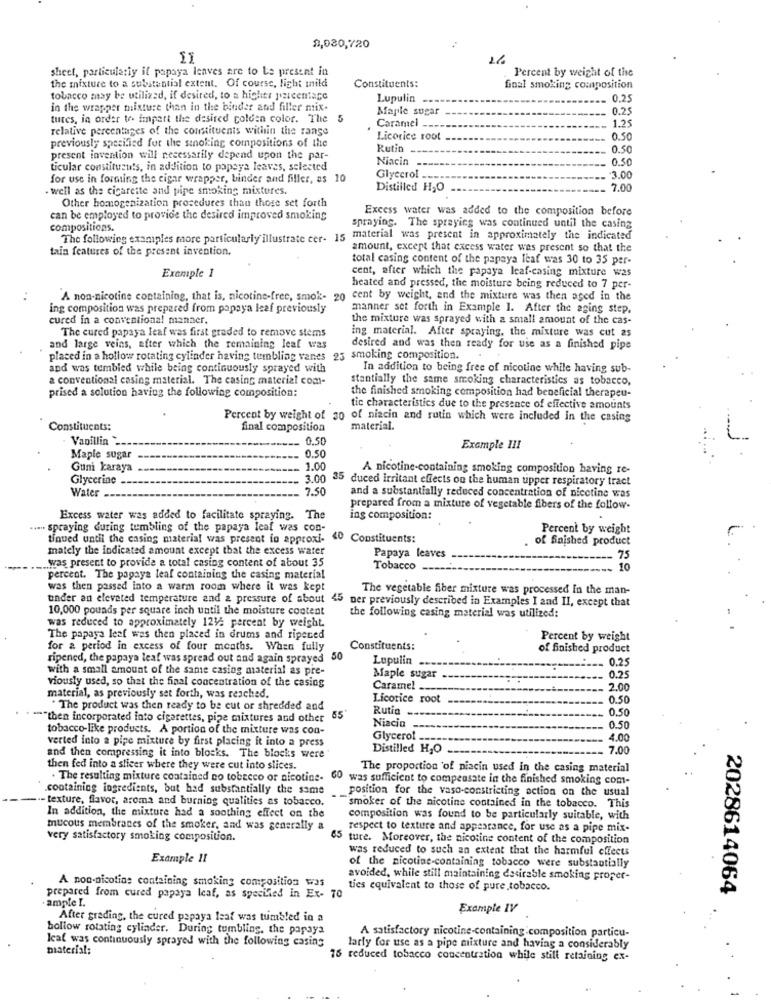
2,930,720
11
16
sheet, particularly if papaya leaves are to be present in
Percent by weight of the
the mixture to a substantial extent. Of course, light inild
Constituents:
final smoking composition
tobacco may be utilized, if desired, to a higher percentage
Lupulin
0.25
in the wrapper mixture than in the binder and filler mix-
Maple sugar
0.25
tures, in order to impart the desired golden color. The 5
Caramel
1.25
relative percentages of the constituents within the range
Licorice root
0.50
previously specified for the sinoking compositions of the
Rutin -
0.50
present invention will necessarily depend upon the par-
Niacin --
0.50
ticular constituants, in addition to popeya leaves, selected
for use in forming the cigar wrapper, binder and filler, as 10
Glycerol
3.00
- well as the cigarette and pipe smoking mixtures.
Distilled H2O
7.00
Other homogenization procedures than those set forth
Excess water was added to the composition before
can be employed to provide the desired improved smoking
compositions.
spraying. The spraying was continued until the casing
The following examples more particularly illustrate cer- 15 material was present in approximately the indicated
tain features of the present invention.
amount, except that excess water was present so that the
total casing content of the papaya leaf was 30 to 35 per-
cent, after which the papaya leaf-casing mixture was
Example 1
heated and pressed, the moisture being reduced to 7 per-
A non-nicotine containing, that is, nicotine-free, smok- 20 cent by weight, and the mixture was then aged in the
ing composition was prepared from papaya leaf previously
manner set forth in Example I. After the aging step,
cured in a conventional manner.
the mixture was sprayed with a small amount of the cas-
The cured papaya leaf was first graded to remove stems
ing material. After spraying, the mixture was cut 2s
and large veins, after which the remaining leaf was
desired and was then ready for use as a finished pipe
placed in a hollow rotating cylinder having tumbling vanes 23 smoking composition.
and was tumbled while being continuously sprayed with
In addition to being free of nicotine while having sub-
a conventional casing material. The casing material com-
stantially the same smoking characteristics as tobacco,
prised a solution having the following composition:
the finished smoking composition had beneficial therapeu-
tic characteristics due to the presence of effective amounts
Percent by weight of 30 of niacin and rutin which were included in the casing
Constituents:
final composition
material.
Vanillin ..
0.50
0.50
Example III
Maple sugar
Guni karaya
1.00
A nicotine-containing smoking composition having re-
Glycerine -
3.00 35 duced irritant effects on the human upper respiratory tract
Water ..
7.50
and a substantially reduced concentration of nicotine was
prepared from a mixture of vegetable fibers of the follow-
Excess water was added to facilitate spraying. The
ing composition:
..... spraying during tumbling of the papaya leaf was con-
Percent by weight
tinued until the casing material was present in approxi-
40 Constituents:
of finished product
mately the indicated amount except that the excess water
was present to provide a total casing content of about 35
Papaya leaves
75
Tobacco
10
percent. The papaya leaf containing the casing material
was then passed into a warm room where it was kept
The vegetable fiber mixture was processed In the man-
under an elevated temperature and & pressure of about
45 per previously described in Examples I and II, except that
10,000 pounds per square inch until the moisture content
the following casing material was utilized:
was reduced to approximately 1212 percent by weight.
The papaya leaf was then placed in drums and ripened
Percent by weight
for a period in excess of four months. When fully
Constituents:
of finished product
ripened, the papaya leaf was spread out and again sprayed 50
Lupulin
0.25
with a small amount of the same casing material as pre-
Maple sugar
0.25
viously used, so that the final concentration of the casing
Caramel __
2.00
material, as previously set forth, was reached.
Licorice root
0.50
" The product was then ready to be cut or shredded and
Rutia
0.50
" ""then incorporated into cigarettes, pipe mixtures and other
tobacco-like products. A portion of the mixture was con-
Niacin
0.50
verted into a pipe mixture by first placing it into a press
Glycerol --
4.00
Distilled H,O
7.00
and then compressing it into blocks. The blocks were'
then fed into a slicer where they were cut into slices.
The proportion of niacin used in the casing material
The resulting mixture contained no tobeeco or nicotine- 60 was sufficient to compensate in the finished smoking com-
.containing ingredients, but had substantially the same
position for the vaso-constricting action on the usual
- texture, flavor, aroma and burning qualities as tobacco.
In addition, the mixture had a soothing effect on the
smoker of the nicotine contained in the tobacco. This
composition was found to be particularly suitable, with
mucous membranes of the smoker, and was generally &
respect to texture and appearance, for use as a pipe mix-
very satisfactory smoking composition.
5 ture. Moreover, the nicotine content of the composition
was reduced to such an extent that the harmful effects
Example 11
of the nicotine-containing tobacco were substantially
avoided, while still maintaining desirable smoking proper-
A non-nicotine containing smoking composition was
ties equivalent to those of pure tobacco.
2028614064
prepared from cured papaya leaf, as specified in Ex- 70
ampie I.
Example IV
After grading, the cured papaya leaf was tumbled in a
hollow rotating cylinder. During tumbling, the papaya
Ical was continuously sprayed with the following casing
A satisfactory nicotine-containing composition particu-
material;
larly for use as a pipe mixture and having a considerably
75 reduced tobacco concentration while still retaining ex-